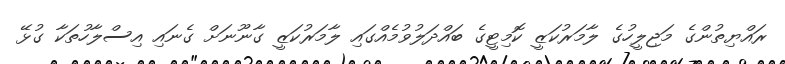
ރައްޔިތުންގެ މަޖިލީހުގެ ލާމަރުކަޒީ ކޮމިޓީގެ ބައްދަލުވުމެއްގައި ލާމަރުކަޒީ ގާނޫނަށް ގެނައި އިސްލާހުތަކާ ގުޅޭ